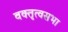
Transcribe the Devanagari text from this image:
वक्तृत्वसभा